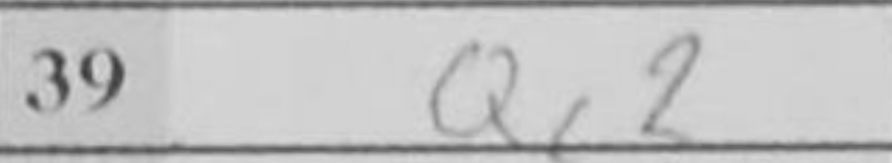
Transcription: Qc2